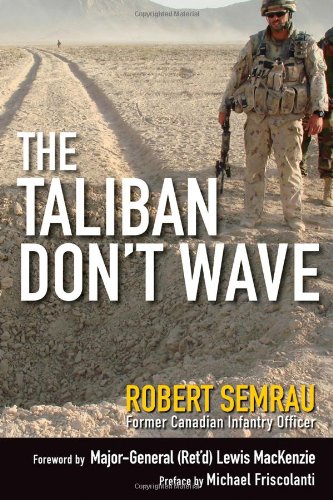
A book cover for The Taliban Don't Wave; Robert Semrau; History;